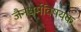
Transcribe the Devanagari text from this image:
जैनधर्मविषयक